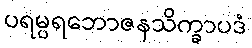
ပရမ္ပရဘောဇနသိက္ခာပဒံ